Sketch of the medical history of the native army of Bombay, for the year
Year: 1872
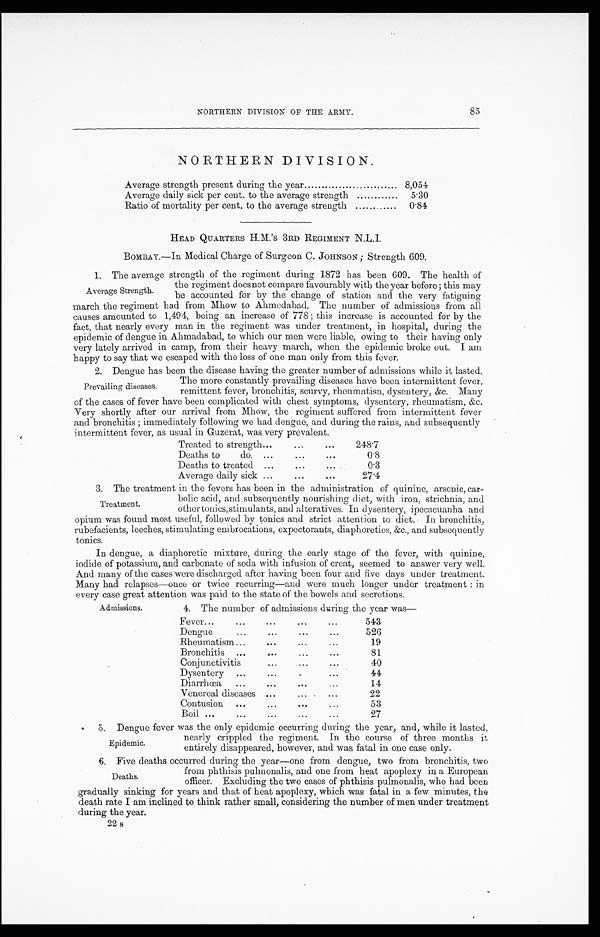
85
NORTHERN DIVISION OF THE ARMY.
NORTHERN DIVISION.
Average strength present during the year . . .
8,054
Average daily sick per cent. to the average strength . . .
5.30
Ratio of mortality per cent, to the average strength . . .
0.84
HEAD QUARTERS H.M.'s 3RD REGIMENT N.L.I.
BOMBAY.—In Medical Charge of Surgeon C. JOHNSON; Strength 609.
1. The average strength of the regiment during 1872 has been 609. The health of
the regiment doesnot compare favourably with the year before; this may
be accounted for by the change of station and the very fatiguing
march the regiment had from Mhow to Ahmedabad. The number of admissions from all
causes amounted to 1,494, being an increase of 778; this increase is accounted for by the
fact, that nearly every man in the regiment was under treatment, in hospital, during the
epidemic of dengue in Ahmadabad, to which our men were liable, owing to their having only
very lately arrived in camp, from their heavy march, when the epidemic broke out. I am
happy to say that we escaped with the loss of one man only from this fever.
2. Dengue has been the disease having the greater number of admissions while it lasted.
The more constantly prevailing diseases have been intermittent fever,
remittent fever, bronchitis, scurvy, rheumatisn, dysentery, &c. Many
of the cases of fever have been complicated with chest symptoms, dysentery, rheumatism, &c.
Very shortly after our arrival from Mhow, the regiment suffered from intermittent fever
and bronchitis; immediately following we had dengue, and during the rains, and subsequently
intermittent fever, as usual in Guzerat, was very prevalent.
Treated to strength . . .
248.7
Deaths to do. . . .
0.8
Deaths to treated . . .
0.3
Average daily sick . . .
27.4
3. The treatment in the fevers has been in the administration of quinine, arsenic, car
-
bolic acid, and subsequently nourishing diet, with iron, strichnia, and
other tonics,stimulants, and alteratives. In dysentery, ipecacuanha and
opium was found most useful, followed by tonics and strict attention to diet. In bronchitis,
rubefacients, leeches, stimulating embrocations, expectorants, diaphoreties, &c., and subsequently
tonics.
In dengue, a diaphoretic mixture, during the early stage of the fever, with quinine,
iodide of potassium, and carbonate of soda with infusion of creat, seemed to answer very well.
And many of the cases were discharged after having been four and five (days under treatment.
Many had relapses—once or twice recurring—and were much longer under treatment:
i n
every case great attention was paid to the state of the bowels and secretions.
Average Strength.
Prevailing diseases.
Treatment.
Admissions.
4. The number of admissions during the year was—
Fever . . .
543
Dengue . . .
526
Rheumatism . . .
19
Bronchitis . . .
81
Conjunctivitis . . .
40
Dysentery . . .
44
Diarrhœa . . .
14
Venereal diseases . . .
2 2
Contusion . . .
53
Boil . . .
27
5 . D e n g u e f e v e r w a s t h e o n l y e p i d e m i c o c c u r r i n g d u r i n g t h e y e a r , a n d , w h i l e i t l a s t e d ,
nearly crippled the regiment. In the course of three months it
entirely disappeared, however, and was fatal in one case only.
6. Five deaths occurred during the year—one from dengue, two from bronchitis, two
from phthisis pulmonalis, and one from heat apoplexy in a European
officer. Excluding the two cases of phthisis pulmonalis, who had been
gradually sinking for years and that of heat apoplexy, which was fatal in a few minutes, the
death rate I am inclined to think rather small, considering the number of men under treatment
during the year.
Epidemic.
Deaths.
2 2 s